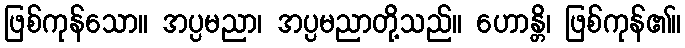
ဖြစ်ကုန်သော။ အပ္ပမညာ၊ အပ္ပမညာတို့သည်။ ဟောန္တိ၊ ဖြစ်ကုန်၏။